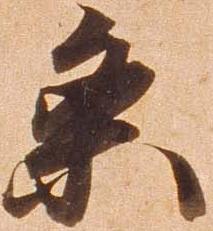
条